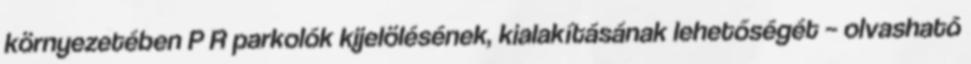
környezetében P R parkolók kijelölésének, kialakításának lehetőségét – olvasható